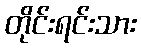
တိုင်းရင်းသား